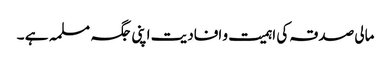
مالی صدقہ کی اہمیت و افادیت اپنی جگہ مسلمہ ہے ۔